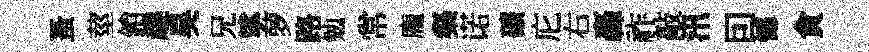
蚤莖銷趣昊兄挲萝路勉常龐粲诺礦庀右轟祚敲汛囙憾貪